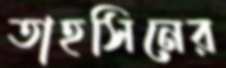
তাহসিনের